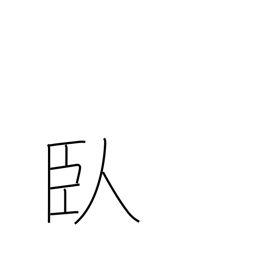
Meaning: lie prostrate